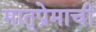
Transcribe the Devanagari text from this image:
मातृप्रेमाची